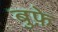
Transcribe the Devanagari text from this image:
बुफ़े